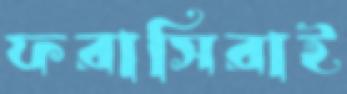
ফরাসিরাই